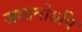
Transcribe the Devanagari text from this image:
जाग्रतोऽपि